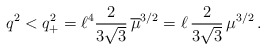
\begin{align*}q^2<q_+^2=\ell^4\frac{2}{3\sqrt{3}}\,\overline{\mu}^{3/2}=\ell\,\frac{2}{3\sqrt{3}}\,\mu^{3/2}\,.\end{align*}